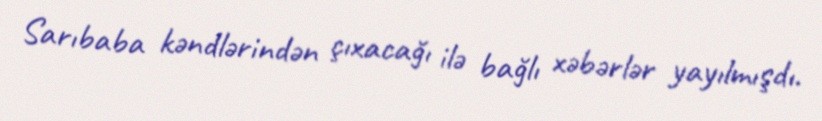
Sarıbaba kəndlərindən çıxacağı ilə bağlı xəbərlər yayılmışdı.